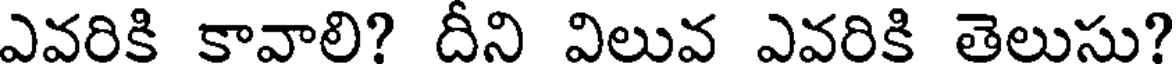
ఎవరికి కావాలి? దీని విలువ ఎవరికి తెలుసు?